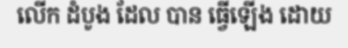
លើក ដំបូង ដែល បាន ធ្វើឡើង ដោយ